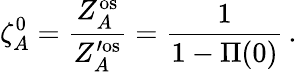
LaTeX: \zeta_{A}^{0}=\frac{Z_{A}^{\mathrm{os}}}{Z_{A}^{\prime\mathrm{os}}}=\frac{1}{1-\Pi(0)}\, .